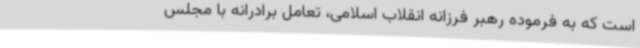
است که به فرموده رهبر فرزانه انقلاب اسلامی، تعامل برادرانه با مجلس